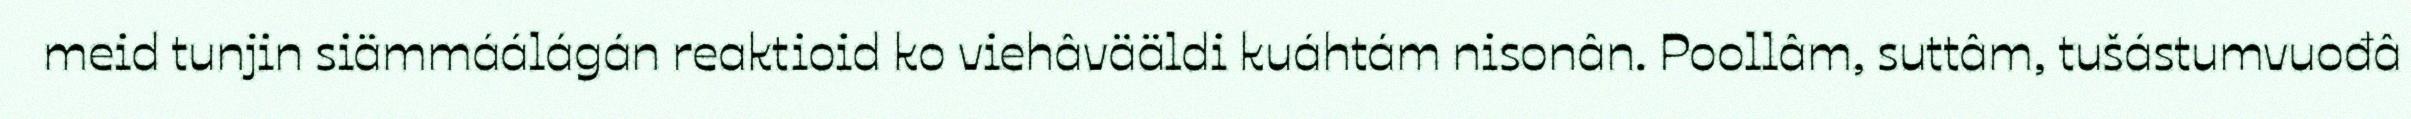
meid tunjin siämmáálágán reaktioid ko viehâvääldi kuáhtám nisonân. Poollâm, suttâm, tušástumvuođâ